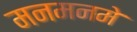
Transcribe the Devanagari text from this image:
मनमनमे